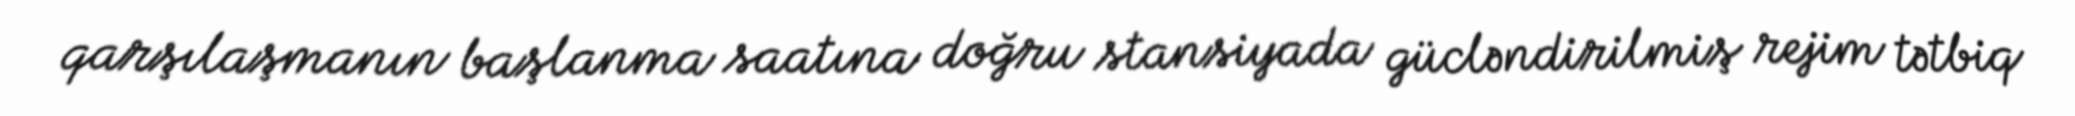
qarşılaşmanın başlanma saatına doğru stansiyada gücləndirilmiş rejim tətbiq